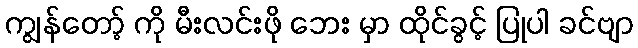
ကျွန်တော့် ကို မီးလင်းဖို ဘေး မှာ ထိုင်ခွင့် ပြုပါ ခင်ဗျာ